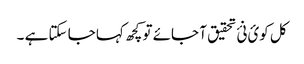
کل کوئ نئ تحقیق آ جائے تو کچھ کہا جا سکتا ہے ۔